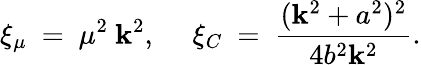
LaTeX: \xi_{\mu}~=~\mu^{2}~\mathbf{k}^{2},~~~~~\xi_{C}~=~\frac{{(\mathbf{k}^{2}+a^{2})^{2}}}{{4b^{2}\mathbf{k}^{2}}}.